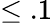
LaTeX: \leq.1